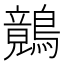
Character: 𪅑